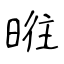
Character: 暀